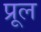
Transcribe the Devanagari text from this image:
प्रूल